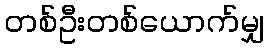
တစ်ဦးတစ်ယောက်မျှ